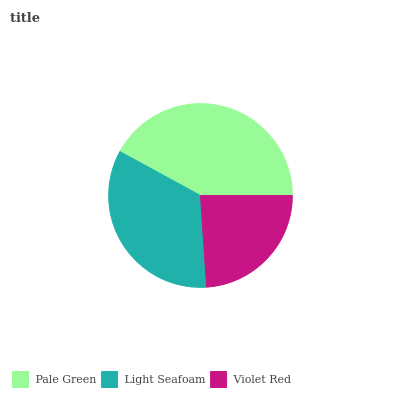
| Pale Green | Light Seafoam | Violet Red |
 | --- | --- | --- |
 | 42% | 34.1% | 23.9% |